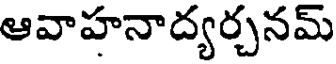
ఆవాహనాద్యర్చనమ్